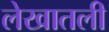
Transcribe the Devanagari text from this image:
लेखातली